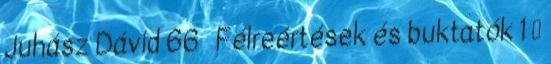
Juhász Dávid 66 Félreértések és buktatók 1 ●